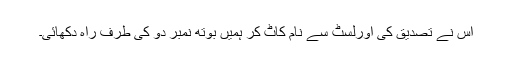
اس نے تصدیق کی اورلسٹ سے نام کاٹ کر ہمیں بوتھ نمبر دو کی طرف راہ دکھائی۔